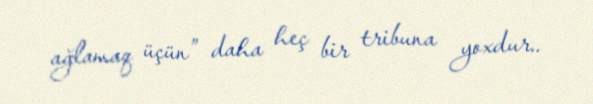
ağlamaq üçün” daha heç bir tribuna yoxdur..